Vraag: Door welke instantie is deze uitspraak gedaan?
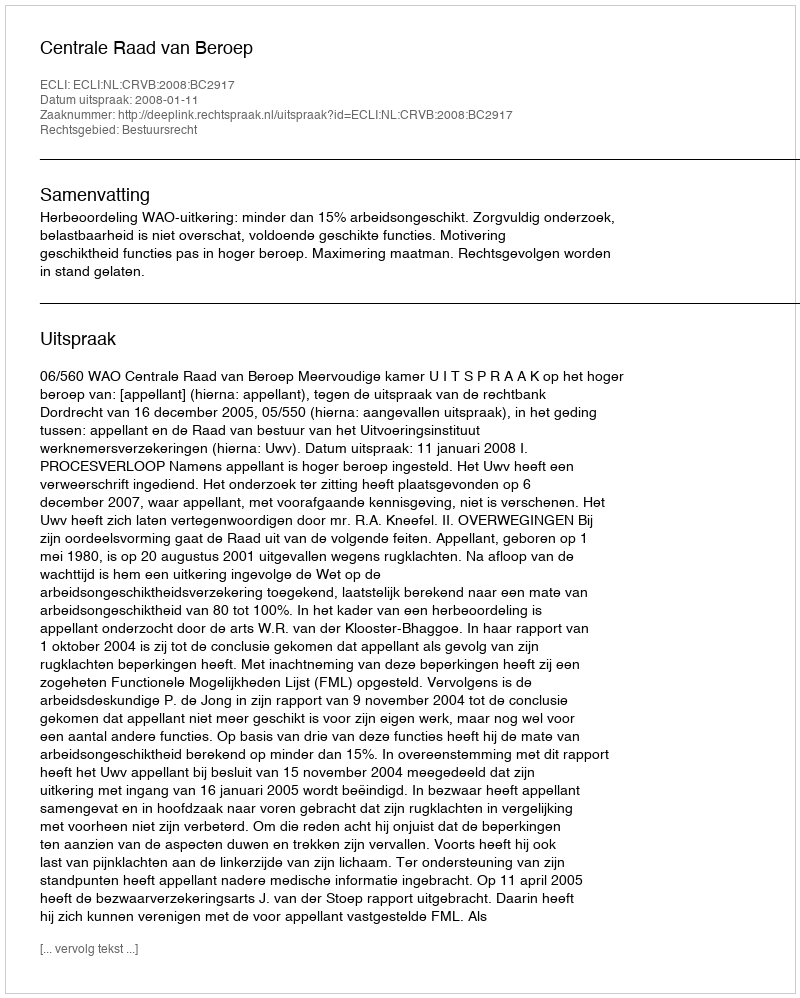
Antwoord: Centrale Raad van Beroep